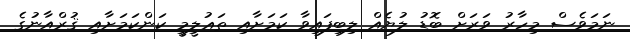
ނަމަވެސް މިހާރު ވަރަށް ބޮޑު ލުޔެއް ލިބިފައިވާ ކަމަށާއި ތަޢުލީމީ ކަންކަމަށާއި ޤުރްއާނުގެ